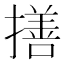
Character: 𢵈